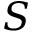
S